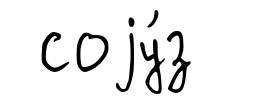
соjу́з